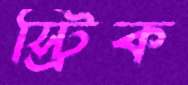
স্ট্রিক